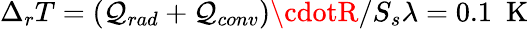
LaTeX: \Delta_{r}T=(\mathcal{Q}_{rad}+\mathcal{Q}_{conv})\cdotR/S_{s}\lambda=0.1~\textrm{{~K}}